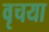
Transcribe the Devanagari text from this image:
वृचया